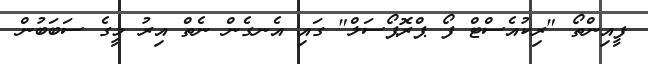
ފީއިންތޯ "ރިކުއެސްޓް ފޯ ޕްރޮޕޯސަލް" ގައި އެނގެން ނެތް އިރު މީގެ ސަބަބުން